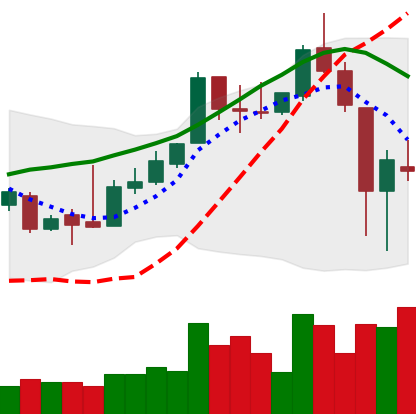
Ticker: XLM-USD
Chart end date: 2018-11-16
Forward return: -14.721%
Label: down_7plus